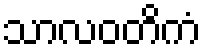
သာလဝတိကံ